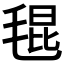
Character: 𣮎